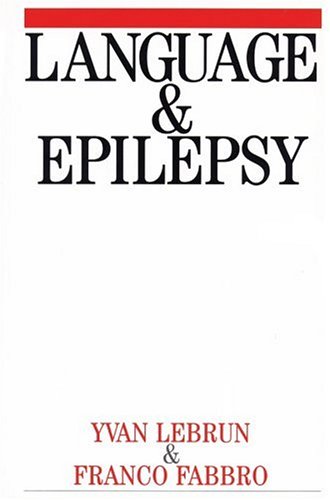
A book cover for Language and Epilepsy; Yvan Lebrun; Health, Fitness & Dieting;